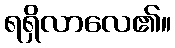
ရရှိလာလေ၏။